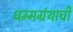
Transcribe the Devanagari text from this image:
धम्मग्रंथाची